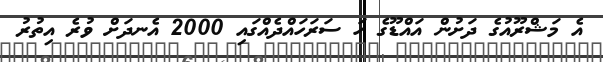
އެ މަޝްރޫއުގެ ދަށުން އައްޑޫގެ ހަ ސަރަހައްދެއްގައި 2000 އެނދަށް ވުރެ އިތުރު